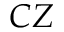
C Z